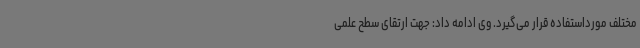
مختلف مورداستفاده قرار می‌گیرد. وی ادامه داد: جهت ارتقای سطح علمی